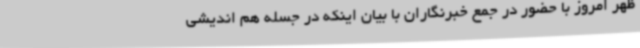
ظهر امروز با حضور در جمع خبرنگاران با بیان اینکه در جسله هم اندیشی